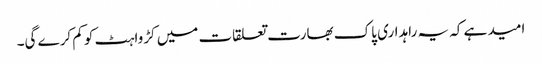
امید ہے کہ یہ راہداری پاک بھارت تعلقات میں کڑواہٹ کو کم کرے گی۔